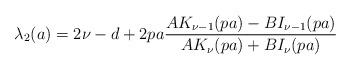
LaTeX: \begin{align*}\lambda_2(a)=2 \nu-d+ 2pa \frac {A K_{\nu-1}(p a)-B I_{\nu-1}(pa)} {A K_{\nu}(p a)+B I_{\nu}(p a)} \end{align*}